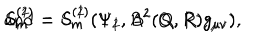
S _ { m } ^ { ( 1 ) } = S _ { m } ^ { ( 1 ) } ( \Psi _ { 1 } , A ^ { 2 } ( Q , R ) g _ { \mu \nu } ) \hspace { 0 . 5 c m } \mathrm { a n d } \hspace { 0 . 5 c m } S _ { m } ^ { ( 2 ) } = S _ { m } ^ { ( 2 ) } ( \Psi _ { 2 } , B ^ { 2 } ( Q , R ) g _ { \mu \nu } ) ,